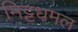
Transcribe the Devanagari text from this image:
मिट्टधमल